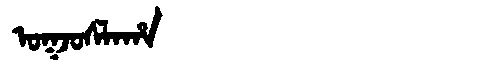
Manchu: ᠣᡴᠵᠣᠰᠯᠠᡥᠠ
Romanization: OKJOSLAHA